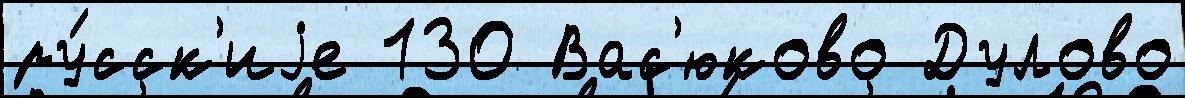
ру́сск'иjе 130 Вас'юково Дулово